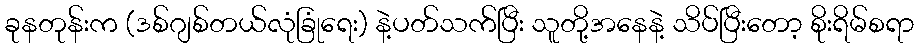
ခုနတုန်းက (ဒစ်ဂျစ်တယ်လုံခြုံရေး) နဲ့ပတ်သက်ပြီး သူတို့အနေနဲ့ သိပ်ပြီးတော့ စိုးရိမ်စရာ